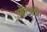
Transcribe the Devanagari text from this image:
ऑटली